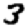
Digit: 3